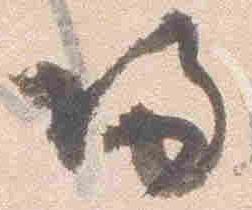
帰